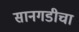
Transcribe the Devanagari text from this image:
सानगडीचा